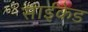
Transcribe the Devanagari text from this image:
साईकेड